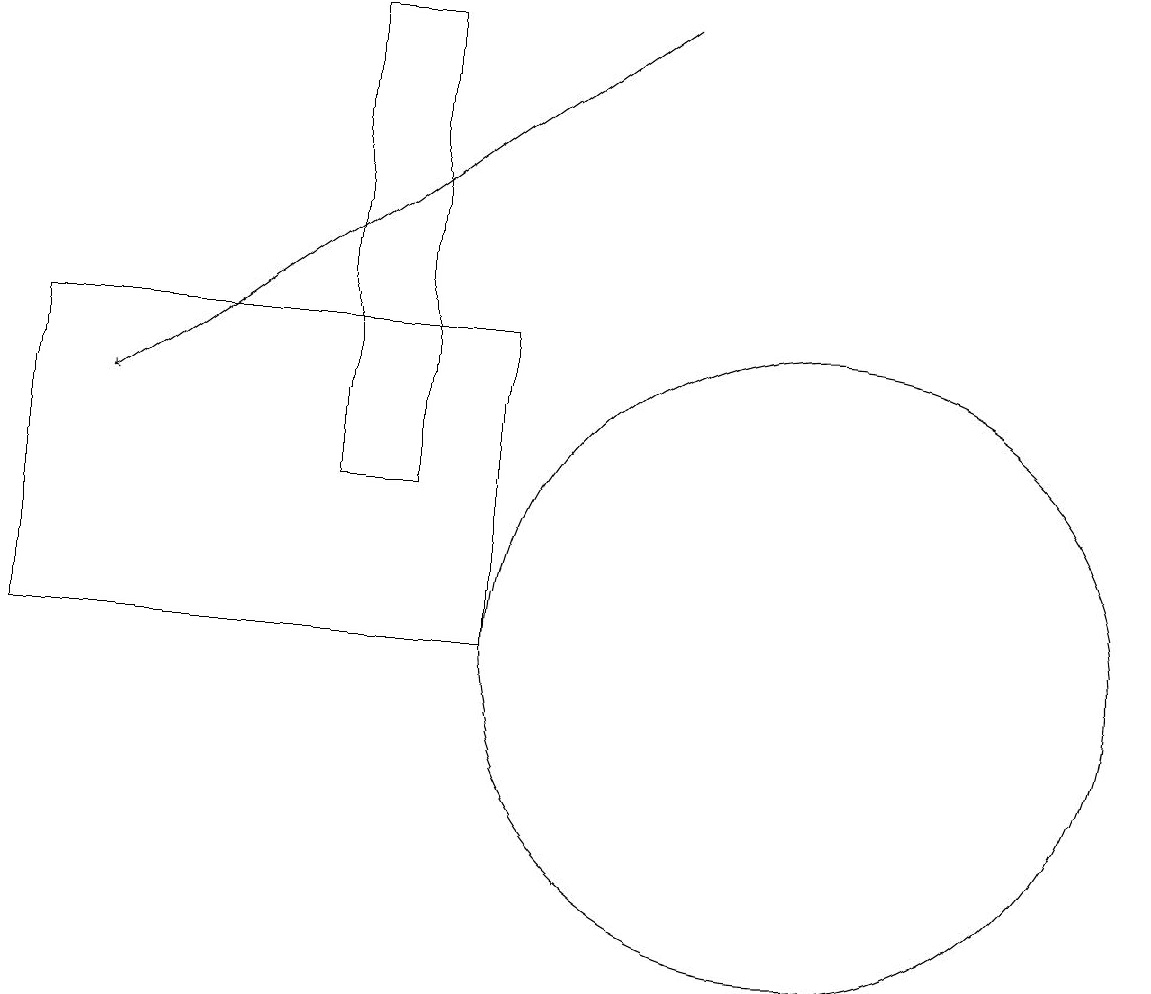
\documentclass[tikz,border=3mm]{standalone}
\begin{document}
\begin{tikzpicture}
\draw (10,11) circle (4);
\draw (6,11) rectangle (0,15);
\draw (4,13) rectangle (5,19);
\draw[->] (8,19) -- (1,14);
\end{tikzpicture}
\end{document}